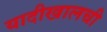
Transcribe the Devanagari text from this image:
यादीखालची